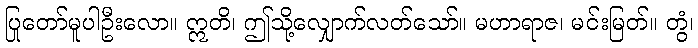
ပြုတော်မူပါဦးလော။ ဣတိ၊ ဤသို့လျှောက်လတ်သော်။ မဟာရာဇ၊ မင်းမြတ်။ တွံ၊